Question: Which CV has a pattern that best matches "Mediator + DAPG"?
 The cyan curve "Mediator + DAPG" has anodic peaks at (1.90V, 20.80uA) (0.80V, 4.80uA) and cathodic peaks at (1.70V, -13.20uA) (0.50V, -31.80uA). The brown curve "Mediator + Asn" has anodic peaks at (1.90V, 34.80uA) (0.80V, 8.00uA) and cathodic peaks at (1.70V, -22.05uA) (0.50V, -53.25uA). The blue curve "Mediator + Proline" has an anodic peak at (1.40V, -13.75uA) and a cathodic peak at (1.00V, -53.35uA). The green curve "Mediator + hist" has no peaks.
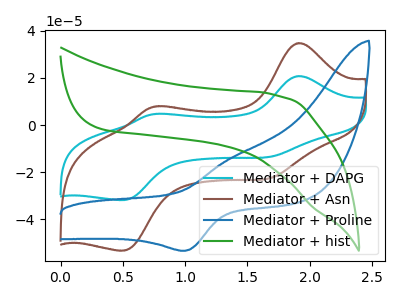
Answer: <think>All the peaks in "Mediator + DAPG" have a peak in "Mediator + Asn" at the same potential. Every peak in "Mediator + DAPG" is lower than every peak in "Mediator + Asn". "Mediator + DAPG" and "Mediator + Proline" have a different number of peaks. "Mediator + DAPG" and "Mediator + hist" have a different number of peaks. "Mediator + Asn" and "Mediator + Proline" have a different number of peaks. "Mediator + Asn" and "Mediator + hist" have a different number of peaks. "Mediator + Proline" and "Mediator + hist" have a different number of peaks.
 </think>
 <answer>The CV with the most similar shape to "Mediator + Asn" is "Mediator + DAPG".</answer>
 <eval>"Mediator + DAPG"</eval>